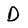
Character: D